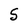
Character: 5